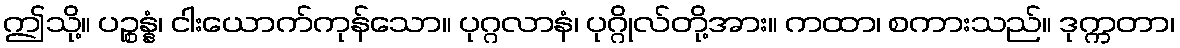
ဤသို့။ ပဉ္စန္နံ၊ ငါးယောက်ကုန်သော။ ပုဂ္ဂလာနံ၊ ပုဂ္ဂိုလ်တို့အား။ ကထာ၊ စကားသည်။ ဒုက္ကတာ၊